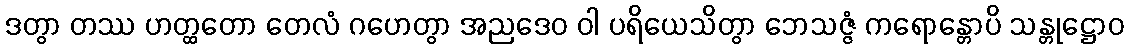
ဒတွာ တဿ ဟတ္ထတော တေလံ ဂဟေတွာ အညဒေဝ ဝါ ပရိယေသိတွာ ဘေသဇ္ဇံ ကရောန္တောပိ သန္တုဋ္ဌောဝ